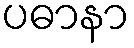
ပဓာနာ